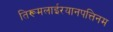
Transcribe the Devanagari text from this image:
तिरूमलाईरयानपत्तिनम